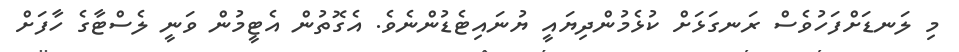
މި ލަނޑަށްފަހުވެސް ރަނގަޅަށް ކުޅެމުންދިޔައީ ޔުނައިޓެޑުންނެވެ. އެގޮތުން އެޓީމުން ވަނީ ލެސްޓާގެ ހާފަށް